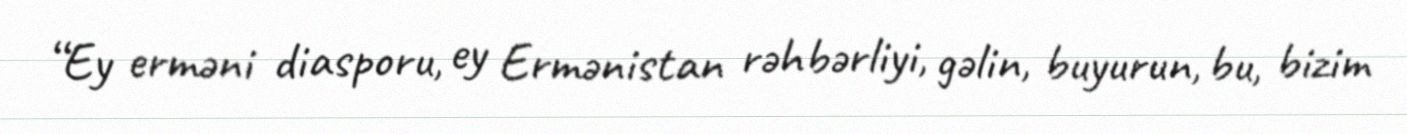
“Ey erməni diasporu, ey Ermənistan rəhbərliyi, gəlin, buyurun, bu, bizim